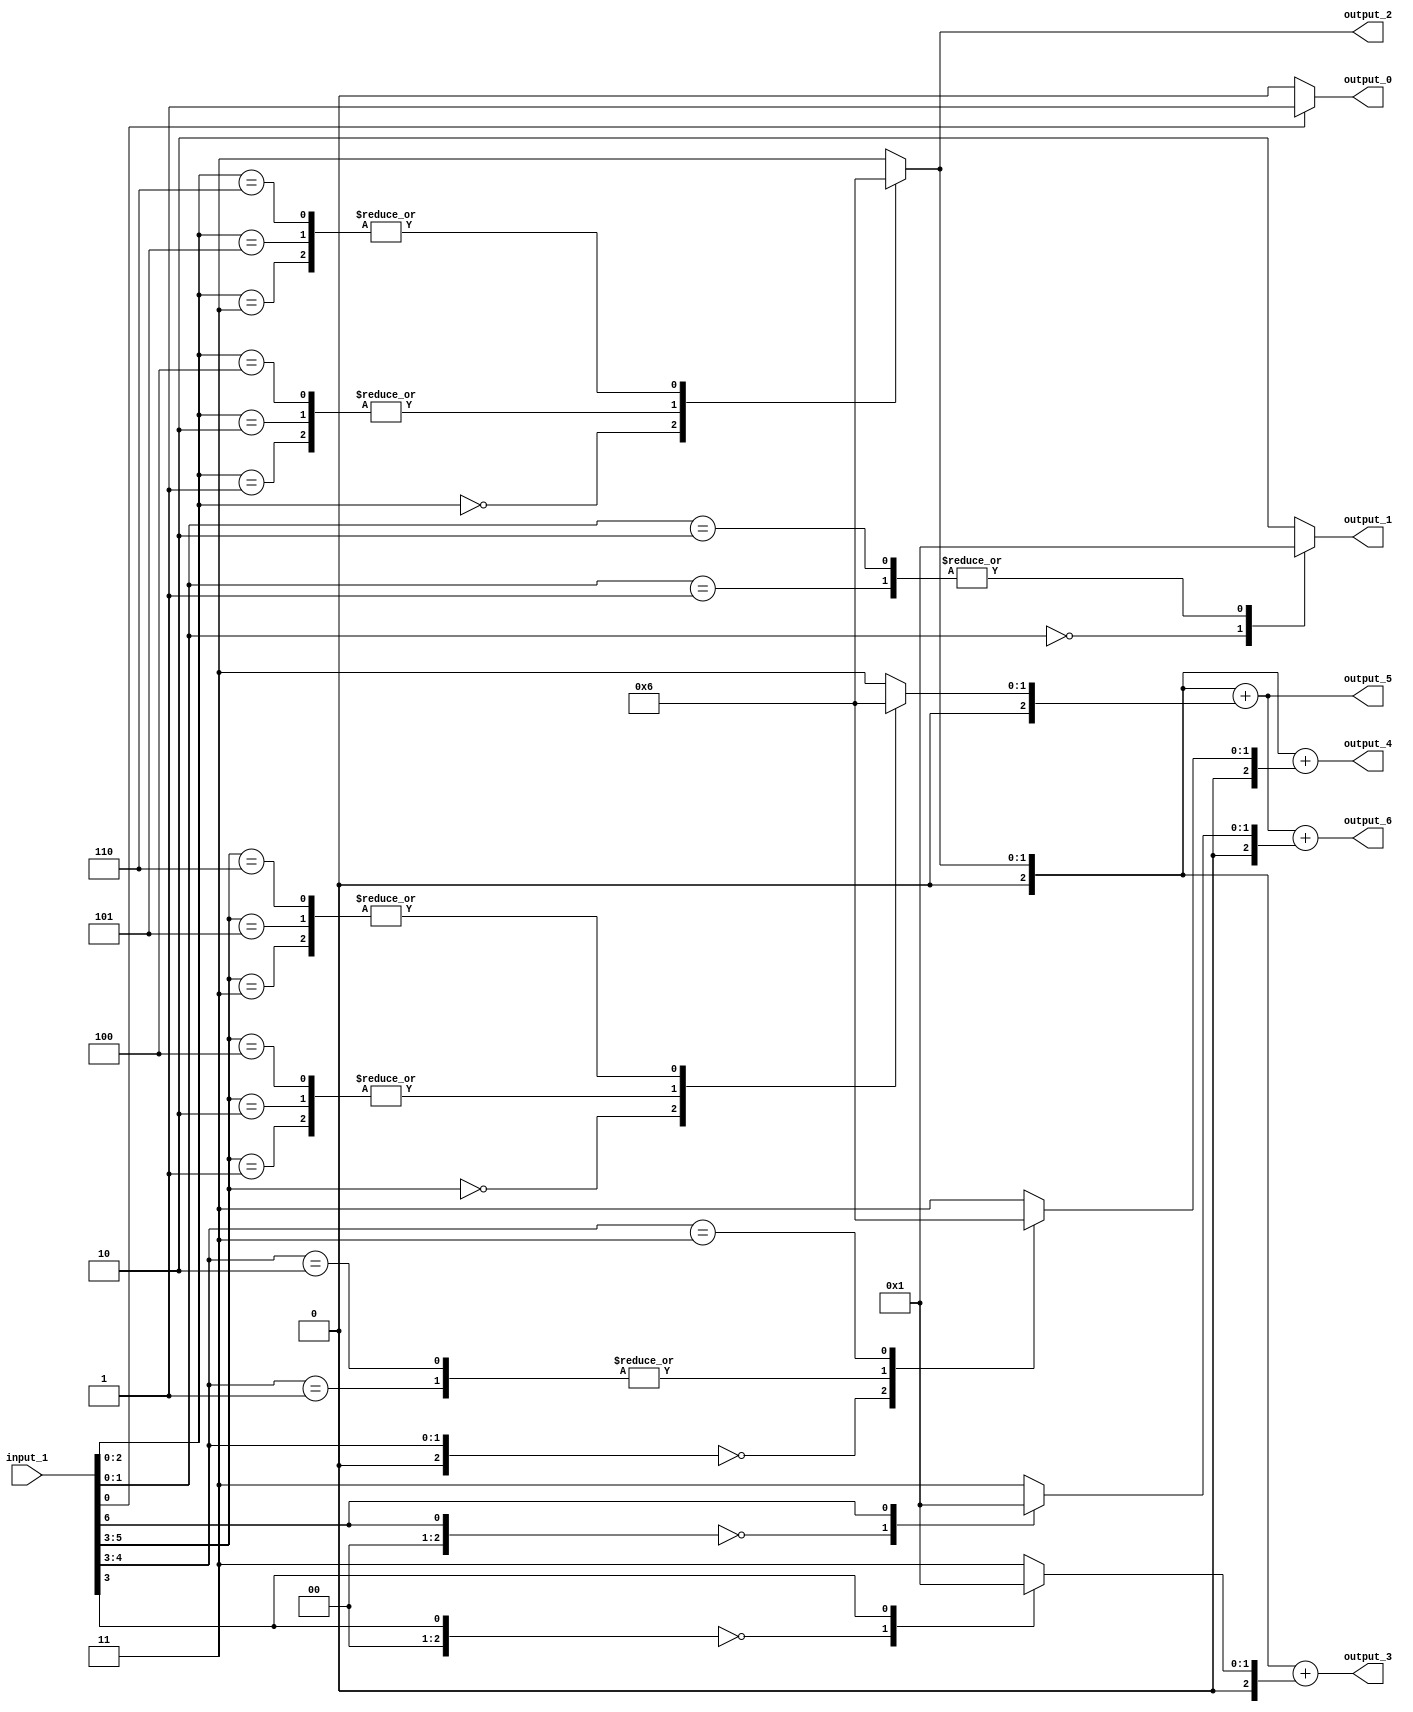
// Generator : SpinalHDL v1.4.3    git head : adf552d8f500e7419fff395b7049228e4bc5de26
// Component : unnamed
// Git hash  : adf552d8f500e7419fff395b7049228e4bc5de26



module unnamed (
  input      [6:0]    input_1,
  output     [0:0]    output_0,
  output     [1:0]    output_1,
  output     [1:0]    output_2,
  output     [2:0]    output_3,
  output     [2:0]    output_4,
  output     [2:0]    output_5,
  output     [2:0]    output_6
);
  reg        [0:0]    _zz_39;
  reg        [1:0]    _zz_40;
  reg        [1:0]    _zz_41;
  reg        [2:0]    _zz_42;
  reg        [2:0]    _zz_43;
  reg        [2:0]    _zz_44;
  reg        [2:0]    _zz_45;
  reg        [2:0]    _zz_46;
  reg        [2:0]    _zz_47;
  reg        [2:0]    _zz_48;
  reg        [2:0]    _zz_49;
  reg        [2:0]    _zz_50;
  wire       [0:0]    _zz_51;
  wire       [2:0]    _zz_52;
  wire       [1:0]    _zz_53;
  wire       [2:0]    _zz_54;
  wire       [2:0]    _zz_55;
  wire       [0:0]    _zz_56;
  wire       [2:0]    _zz_57;
  wire       [0:0]    _zz_58;
  wire       [1:0]    _zz_59;
  wire       [2:0]    _zz_60;
  wire       [2:0]    _zz_61;
  wire       [2:0]    _zz_62;
  wire       [2:0]    _zz_63;
  wire       [2:0]    _zz_64;
  wire       [2:0]    _zz_65;
  wire       [2:0]    _zz_66;
  wire                _zz_1;
  wire                _zz_2;
  wire                _zz_3;
  wire                _zz_4;
  wire                _zz_5;
  wire                _zz_6;
  wire       [2:0]    _zz_7;
  wire       [2:0]    _zz_8;
  wire       [2:0]    _zz_9;
  wire       [2:0]    _zz_10;
  wire       [2:0]    _zz_11;
  wire       [2:0]    _zz_12;
  wire       [2:0]    _zz_13;
  wire       [2:0]    _zz_14;
  wire       [2:0]    _zz_15;
  wire       [2:0]    _zz_16;
  wire       [2:0]    _zz_17;
  wire       [2:0]    _zz_18;
  wire       [2:0]    _zz_19;
  wire       [2:0]    _zz_20;
  wire       [2:0]    _zz_21;
  wire       [2:0]    _zz_22;
  wire       [2:0]    _zz_23;
  wire       [2:0]    _zz_24;
  wire       [2:0]    _zz_25;
  wire       [2:0]    _zz_26;
  wire       [2:0]    _zz_27;
  wire       [2:0]    _zz_28;
  wire       [2:0]    _zz_29;
  wire       [2:0]    _zz_30;
  wire       [2:0]    _zz_31;
  wire       [2:0]    _zz_32;
  wire       [2:0]    _zz_33;
  wire       [2:0]    _zz_34;
  wire       [2:0]    _zz_35;
  wire       [2:0]    _zz_36;
  wire       [2:0]    _zz_37;
  wire       [2:0]    _zz_38;

  assign _zz_51 = _zz_4;
  assign _zz_52 = {2'd0, _zz_51};
  assign _zz_53 = {_zz_5,_zz_4};
  assign _zz_54 = {1'd0, _zz_53};
  assign _zz_55 = (_zz_48 + _zz_49);
  assign _zz_56 = input_1[6];
  assign _zz_57 = {2'd0, _zz_56};
  assign _zz_58 = _zz_1;
  assign _zz_59 = {_zz_2,_zz_1};
  assign _zz_60 = {_zz_3,{_zz_2,_zz_1}};
  assign _zz_61 = {_zz_3,{_zz_2,_zz_1}};
  assign _zz_62 = {_zz_3,{_zz_2,_zz_1}};
  assign _zz_63 = {_zz_3,{_zz_2,_zz_1}};
  assign _zz_64 = {_zz_6,{_zz_5,_zz_4}};
  assign _zz_65 = {_zz_3,{_zz_2,_zz_1}};
  assign _zz_66 = {_zz_6,{_zz_5,_zz_4}};
  always @(*) begin
    case(_zz_58)
      1'b0 : begin
        _zz_39 = 1'b0;
      end
      default : begin
        _zz_39 = 1'b1;
      end
    endcase
  end

  always @(*) begin
    case(_zz_59)
      2'b00 : begin
        _zz_40 = 2'b00;
      end
      2'b01 : begin
        _zz_40 = 2'b01;
      end
      2'b10 : begin
        _zz_40 = 2'b01;
      end
      default : begin
        _zz_40 = 2'b10;
      end
    endcase
  end

  always @(*) begin
    case(_zz_60)
      3'b000 : begin
        _zz_41 = 2'b00;
      end
      3'b001 : begin
        _zz_41 = 2'b01;
      end
      3'b010 : begin
        _zz_41 = 2'b01;
      end
      3'b011 : begin
        _zz_41 = 2'b10;
      end
      3'b100 : begin
        _zz_41 = 2'b01;
      end
      3'b101 : begin
        _zz_41 = 2'b10;
      end
      3'b110 : begin
        _zz_41 = 2'b10;
      end
      default : begin
        _zz_41 = 2'b11;
      end
    endcase
  end

  always @(*) begin
    case(_zz_61)
      3'b000 : begin
        _zz_42 = _zz_7;
      end
      3'b001 : begin
        _zz_42 = _zz_8;
      end
      3'b010 : begin
        _zz_42 = _zz_9;
      end
      3'b011 : begin
        _zz_42 = _zz_10;
      end
      3'b100 : begin
        _zz_42 = _zz_11;
      end
      3'b101 : begin
        _zz_42 = _zz_12;
      end
      3'b110 : begin
        _zz_42 = _zz_13;
      end
      default : begin
        _zz_42 = _zz_14;
      end
    endcase
  end

  always @(*) begin
    case(_zz_52)
      3'b000 : begin
        _zz_43 = _zz_7;
      end
      3'b001 : begin
        _zz_43 = _zz_8;
      end
      3'b010 : begin
        _zz_43 = _zz_9;
      end
      3'b011 : begin
        _zz_43 = _zz_10;
      end
      3'b100 : begin
        _zz_43 = _zz_11;
      end
      3'b101 : begin
        _zz_43 = _zz_12;
      end
      3'b110 : begin
        _zz_43 = _zz_13;
      end
      default : begin
        _zz_43 = _zz_14;
      end
    endcase
  end

  always @(*) begin
    case(_zz_62)
      3'b000 : begin
        _zz_44 = _zz_15;
      end
      3'b001 : begin
        _zz_44 = _zz_16;
      end
      3'b010 : begin
        _zz_44 = _zz_17;
      end
      3'b011 : begin
        _zz_44 = _zz_18;
      end
      3'b100 : begin
        _zz_44 = _zz_19;
      end
      3'b101 : begin
        _zz_44 = _zz_20;
      end
      3'b110 : begin
        _zz_44 = _zz_21;
      end
      default : begin
        _zz_44 = _zz_22;
      end
    endcase
  end

  always @(*) begin
    case(_zz_54)
      3'b000 : begin
        _zz_45 = _zz_15;
      end
      3'b001 : begin
        _zz_45 = _zz_16;
      end
      3'b010 : begin
        _zz_45 = _zz_17;
      end
      3'b011 : begin
        _zz_45 = _zz_18;
      end
      3'b100 : begin
        _zz_45 = _zz_19;
      end
      3'b101 : begin
        _zz_45 = _zz_20;
      end
      3'b110 : begin
        _zz_45 = _zz_21;
      end
      default : begin
        _zz_45 = _zz_22;
      end
    endcase
  end

  always @(*) begin
    case(_zz_63)
      3'b000 : begin
        _zz_46 = _zz_23;
      end
      3'b001 : begin
        _zz_46 = _zz_24;
      end
      3'b010 : begin
        _zz_46 = _zz_25;
      end
      3'b011 : begin
        _zz_46 = _zz_26;
      end
      3'b100 : begin
        _zz_46 = _zz_27;
      end
      3'b101 : begin
        _zz_46 = _zz_28;
      end
      3'b110 : begin
        _zz_46 = _zz_29;
      end
      default : begin
        _zz_46 = _zz_30;
      end
    endcase
  end

  always @(*) begin
    case(_zz_64)
      3'b000 : begin
        _zz_47 = _zz_23;
      end
      3'b001 : begin
        _zz_47 = _zz_24;
      end
      3'b010 : begin
        _zz_47 = _zz_25;
      end
      3'b011 : begin
        _zz_47 = _zz_26;
      end
      3'b100 : begin
        _zz_47 = _zz_27;
      end
      3'b101 : begin
        _zz_47 = _zz_28;
      end
      3'b110 : begin
        _zz_47 = _zz_29;
      end
      default : begin
        _zz_47 = _zz_30;
      end
    endcase
  end

  always @(*) begin
    case(_zz_65)
      3'b000 : begin
        _zz_48 = _zz_31;
      end
      3'b001 : begin
        _zz_48 = _zz_32;
      end
      3'b010 : begin
        _zz_48 = _zz_33;
      end
      3'b011 : begin
        _zz_48 = _zz_34;
      end
      3'b100 : begin
        _zz_48 = _zz_35;
      end
      3'b101 : begin
        _zz_48 = _zz_36;
      end
      3'b110 : begin
        _zz_48 = _zz_37;
      end
      default : begin
        _zz_48 = _zz_38;
      end
    endcase
  end

  always @(*) begin
    case(_zz_66)
      3'b000 : begin
        _zz_49 = _zz_31;
      end
      3'b001 : begin
        _zz_49 = _zz_32;
      end
      3'b010 : begin
        _zz_49 = _zz_33;
      end
      3'b011 : begin
        _zz_49 = _zz_34;
      end
      3'b100 : begin
        _zz_49 = _zz_35;
      end
      3'b101 : begin
        _zz_49 = _zz_36;
      end
      3'b110 : begin
        _zz_49 = _zz_37;
      end
      default : begin
        _zz_49 = _zz_38;
      end
    endcase
  end

  always @(*) begin
    case(_zz_57)
      3'b000 : begin
        _zz_50 = _zz_31;
      end
      3'b001 : begin
        _zz_50 = _zz_32;
      end
      3'b010 : begin
        _zz_50 = _zz_33;
      end
      3'b011 : begin
        _zz_50 = _zz_34;
      end
      3'b100 : begin
        _zz_50 = _zz_35;
      end
      3'b101 : begin
        _zz_50 = _zz_36;
      end
      3'b110 : begin
        _zz_50 = _zz_37;
      end
      default : begin
        _zz_50 = _zz_38;
      end
    endcase
  end

  assign _zz_1 = input_1[0];
  assign _zz_2 = input_1[1];
  assign _zz_3 = input_1[2];
  assign _zz_4 = input_1[3];
  assign _zz_5 = input_1[4];
  assign _zz_6 = input_1[5];
  assign output_0 = _zz_39;
  assign output_1 = _zz_40;
  assign output_2 = _zz_41;
  assign _zz_7 = 3'b000;
  assign _zz_8 = 3'b001;
  assign _zz_9 = 3'b001;
  assign _zz_10 = 3'b010;
  assign _zz_11 = 3'b001;
  assign _zz_12 = 3'b010;
  assign _zz_13 = 3'b010;
  assign _zz_14 = 3'b011;
  assign output_3 = (_zz_42 + _zz_43);
  assign _zz_15 = 3'b000;
  assign _zz_16 = 3'b001;
  assign _zz_17 = 3'b001;
  assign _zz_18 = 3'b010;
  assign _zz_19 = 3'b001;
  assign _zz_20 = 3'b010;
  assign _zz_21 = 3'b010;
  assign _zz_22 = 3'b011;
  assign output_4 = (_zz_44 + _zz_45);
  assign _zz_23 = 3'b000;
  assign _zz_24 = 3'b001;
  assign _zz_25 = 3'b001;
  assign _zz_26 = 3'b010;
  assign _zz_27 = 3'b001;
  assign _zz_28 = 3'b010;
  assign _zz_29 = 3'b010;
  assign _zz_30 = 3'b011;
  assign output_5 = (_zz_46 + _zz_47);
  assign _zz_31 = 3'b000;
  assign _zz_32 = 3'b001;
  assign _zz_33 = 3'b001;
  assign _zz_34 = 3'b010;
  assign _zz_35 = 3'b001;
  assign _zz_36 = 3'b010;
  assign _zz_37 = 3'b010;
  assign _zz_38 = 3'b011;
  assign output_6 = (_zz_55 + _zz_50);

endmodule